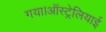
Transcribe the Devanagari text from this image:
गया।ऑस्ट्रेलियाई